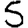
Digit: 5